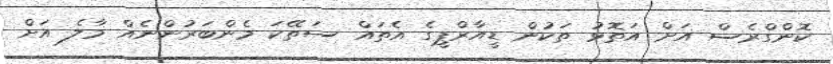
ކޮންގްރެސް އަށް އަތޮޅު ތަކުން ޑީއާރްޕީގެ އެތައް ސަތޭކަ މެންބަރުންނެއް މާލެ އަށް